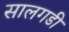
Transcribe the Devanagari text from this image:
सालगडी